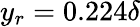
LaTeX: y_{r}=0.224\delta